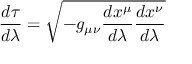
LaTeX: { \frac { d \tau } { d \lambda } } = { \sqrt { - g _ { \mu \nu } { \frac { d x ^ { \mu } } { d \lambda } } { \frac { d x ^ { \nu } } { d \lambda } } } }